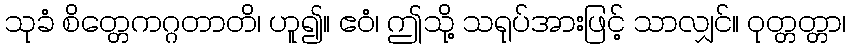
သုခံ စိတ္တေကဂ္ဂတာတိ၊ ဟူ၍။ ဧဝံ၊ ဤသို့ သရုပ်အားဖြင့် သာလျှင်။ ဝုတ္တတ္တာ၊